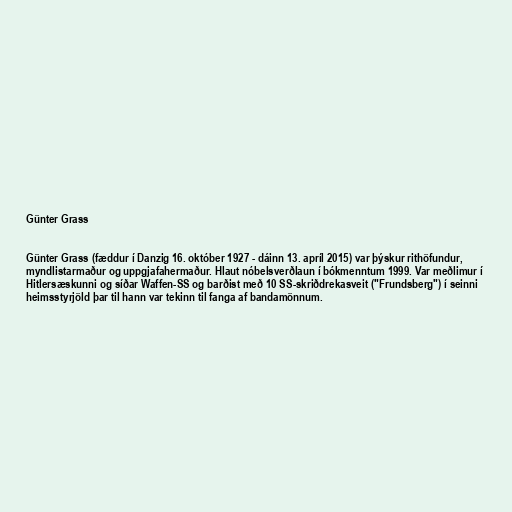
Günter Grass

Günter Grass (fæddur í Danzig 16. október 1927 - dáinn 13. apríl 2015) var þýskur rithöfundur,
myndlistarmaður og uppgjafahermaður. Hlaut nóbelsverðlaun í bókmenntum 1999. Var meðlimur í
Hitlersæskunni og síðar Waffen-SS og barðist með 10 SS-skriðdrekasveit ("Frundsberg") í seinni
heimsstyrjöld þar til hann var tekinn til fanga af bandamönnum.